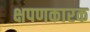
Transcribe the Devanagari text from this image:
क्षपणकारक